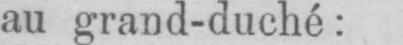
au grand-duché: